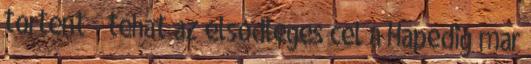
tortent - tehat az elsodleges cel a Hapedig mar